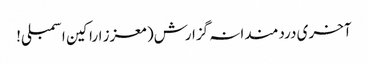
آخری دردمندانہ گزارش( معزز اراکین اسمبلی!